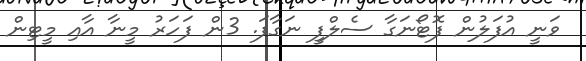
ވަނީ އުފަލުން ފޮޓޯނަގާ ސެލްފީ ނަގާފަ. 3ން ފަހަރު މީނާ އާއި މީޓިން